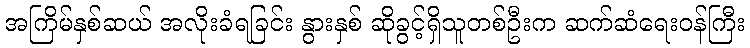
အကြိမ်နှစ်ဆယ် အလိုးခံရခြင်း နွားနှစ် ဆိုခွင့်ရှိသူတစ်ဦးက ဆက်ဆံရေးဝန်ကြီး